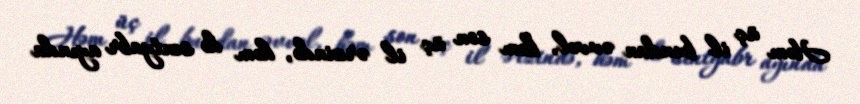
Həm üç il bundan əvvəl, həm son üç il ərzində, həm də sentyabr ayında